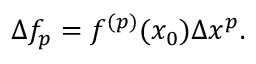
\Delta f _ { p } = f ^ { ( p ) } ( x _ { 0 } ) \Delta x ^ { p } .